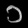
Digit: ၁